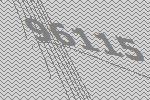
96115